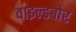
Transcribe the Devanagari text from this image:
वाइल्डबोर